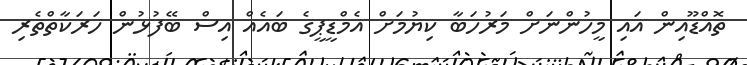
ތޮއްޑޫއިން އައި މީހުންނަށް މަރުހަބާ ކިޔުމަށް އެމްޑީޕީގެ ބައެއް އިސް ބޭފުޅުން ހަރަކާތްތެރި